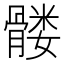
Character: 髅